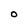
Character: O